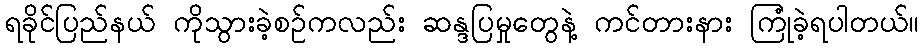
ရခိုင်ပြည်နယ် ကိုသွားခဲ့စဉ်ကလည်း ဆန္ဒပြမှုတွေနဲ့ ကင်တားနား ကြုံခဲ့ရပါတယ်။